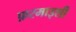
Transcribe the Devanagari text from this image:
फ़रमाइशी